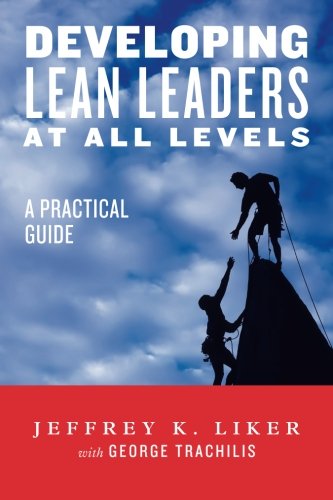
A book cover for Developing Lean Leaders at all Levels:  A Practical Guide; Jeffrey K. Liker; Business & Money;